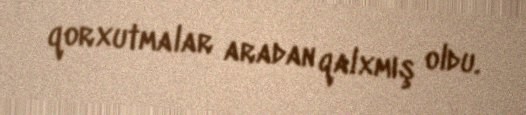
qorxutmalar aradan qalxmış oldu.